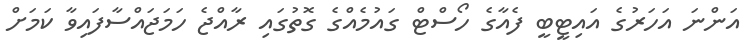
އަންނަ އަހަރުގެ އައިޓީބީ ފެއާގެ ހޯސްޓް ގައުމެއްގެ ގޮތުގައި ރާއްޖެ ހަމަޖައްސާފައިވާ ކަމަށް